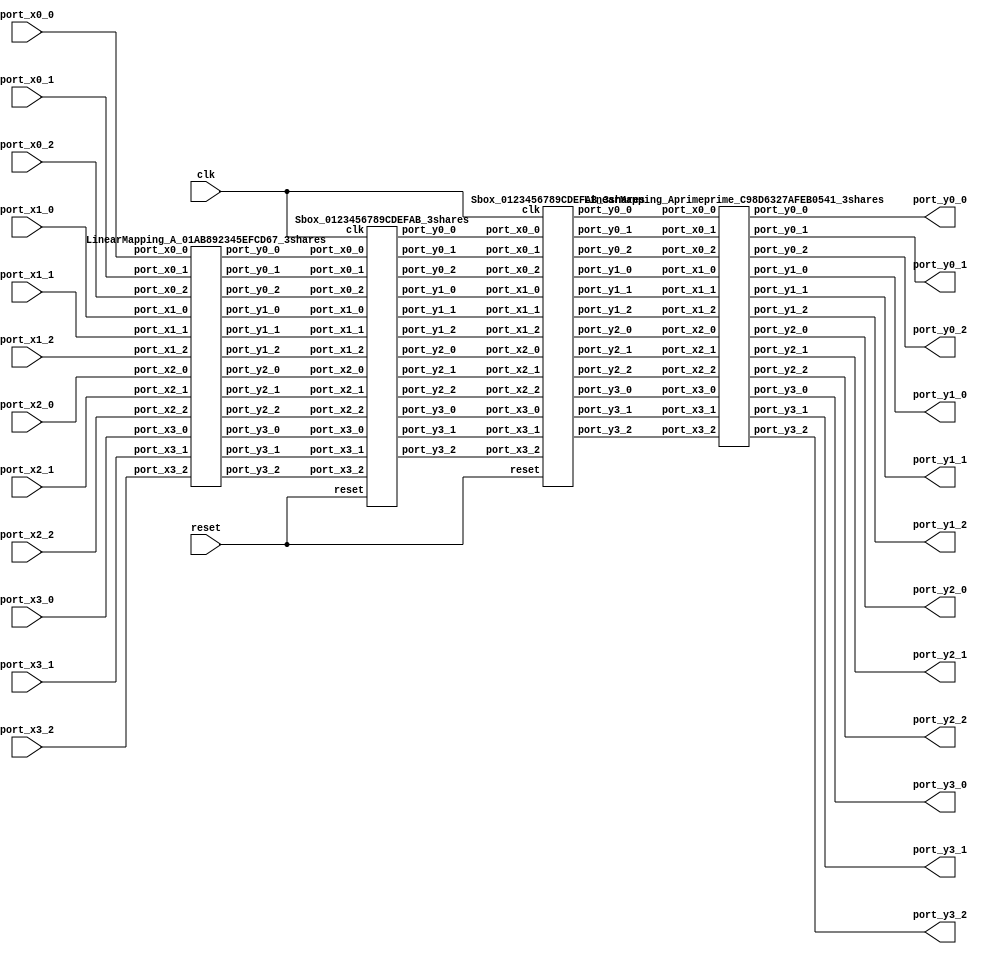
// Generator : SpinalHDL v1.7.3    git head : aeaeece704fe43c766e0d36a93f2ecbb8a9f2003
// Component : Sbox_Present_3shares
// Git hash  : db593c14fe8e83f0a4a5d43cf13325e631d65148

`timescale 1ns/1ps

module Sbox_Present_3shares (
  input               port_x0_0,
  input               port_x0_1,
  input               port_x0_2,
  input               port_x1_0,
  input               port_x1_1,
  input               port_x1_2,
  input               port_x2_0,
  input               port_x2_1,
  input               port_x2_2,
  input               port_x3_0,
  input               port_x3_1,
  input               port_x3_2,
  output              port_y0_0,
  output              port_y0_1,
  output              port_y0_2,
  output              port_y1_0,
  output              port_y1_1,
  output              port_y1_2,
  output              port_y2_0,
  output              port_y2_1,
  output              port_y2_2,
  output              port_y3_0,
  output              port_y3_1,
  output              port_y3_2,
  input               clk,
  input               reset
);

  wire                A_port_y0_0;
  wire                A_port_y0_1;
  wire                A_port_y0_2;
  wire                A_port_y1_0;
  wire                A_port_y1_1;
  wire                A_port_y1_2;
  wire                A_port_y2_0;
  wire                A_port_y2_1;
  wire                A_port_y2_2;
  wire                A_port_y3_0;
  wire                A_port_y3_1;
  wire                A_port_y3_2;
  wire                Q12_0_port_y0_0;
  wire                Q12_0_port_y0_1;
  wire                Q12_0_port_y0_2;
  wire                Q12_0_port_y1_0;
  wire                Q12_0_port_y1_1;
  wire                Q12_0_port_y1_2;
  wire                Q12_0_port_y2_0;
  wire                Q12_0_port_y2_1;
  wire                Q12_0_port_y2_2;
  wire                Q12_0_port_y3_0;
  wire                Q12_0_port_y3_1;
  wire                Q12_0_port_y3_2;
  wire                A_prime_port_y0_0;
  wire                A_prime_port_y0_1;
  wire                A_prime_port_y0_2;
  wire                A_prime_port_y1_0;
  wire                A_prime_port_y1_1;
  wire                A_prime_port_y1_2;
  wire                A_prime_port_y2_0;
  wire                A_prime_port_y2_1;
  wire                A_prime_port_y2_2;
  wire                A_prime_port_y3_0;
  wire                A_prime_port_y3_1;
  wire                A_prime_port_y3_2;
  wire                Q12_1_port_y0_0;
  wire                Q12_1_port_y0_1;
  wire                Q12_1_port_y0_2;
  wire                Q12_1_port_y1_0;
  wire                Q12_1_port_y1_1;
  wire                Q12_1_port_y1_2;
  wire                Q12_1_port_y2_0;
  wire                Q12_1_port_y2_1;
  wire                Q12_1_port_y2_2;
  wire                Q12_1_port_y3_0;
  wire                Q12_1_port_y3_1;
  wire                Q12_1_port_y3_2;
  wire                A_out_port_y0_0;
  wire                A_out_port_y0_1;
  wire                A_out_port_y0_2;
  wire                A_out_port_y1_0;
  wire                A_out_port_y1_1;
  wire                A_out_port_y1_2;
  wire                A_out_port_y2_0;
  wire                A_out_port_y2_1;
  wire                A_out_port_y2_2;
  wire                A_out_port_y3_0;
  wire                A_out_port_y3_1;
  wire                A_out_port_y3_2;

  LinearMapping_A_01AB892345EFCD67_3shares A (
    .port_x0_0 (port_x0_0  ), //i
    .port_x0_1 (port_x0_1  ), //i
    .port_x0_2 (port_x0_2  ), //i
    .port_x1_0 (port_x1_0  ), //i
    .port_x1_1 (port_x1_1  ), //i
    .port_x1_2 (port_x1_2  ), //i
    .port_x2_0 (port_x2_0  ), //i
    .port_x2_1 (port_x2_1  ), //i
    .port_x2_2 (port_x2_2  ), //i
    .port_x3_0 (port_x3_0  ), //i
    .port_x3_1 (port_x3_1  ), //i
    .port_x3_2 (port_x3_2  ), //i
    .port_y0_0 (A_port_y0_0), //o
    .port_y0_1 (A_port_y0_1), //o
    .port_y0_2 (A_port_y0_2), //o
    .port_y1_0 (A_port_y1_0), //o
    .port_y1_1 (A_port_y1_1), //o
    .port_y1_2 (A_port_y1_2), //o
    .port_y2_0 (A_port_y2_0), //o
    .port_y2_1 (A_port_y2_1), //o
    .port_y2_2 (A_port_y2_2), //o
    .port_y3_0 (A_port_y3_0), //o
    .port_y3_1 (A_port_y3_1), //o
    .port_y3_2 (A_port_y3_2)  //o
  );
  Sbox_0123456789CDEFAB_3shares Q12_0 (
    .port_x0_0 (A_port_y0_0    ), //i
    .port_x0_1 (A_port_y0_1    ), //i
    .port_x0_2 (A_port_y0_2    ), //i
    .port_x1_0 (A_port_y1_0    ), //i
    .port_x1_1 (A_port_y1_1    ), //i
    .port_x1_2 (A_port_y1_2    ), //i
    .port_x2_0 (A_port_y2_0    ), //i
    .port_x2_1 (A_port_y2_1    ), //i
    .port_x2_2 (A_port_y2_2    ), //i
    .port_x3_0 (A_port_y3_0    ), //i
    .port_x3_1 (A_port_y3_1    ), //i
    .port_x3_2 (A_port_y3_2    ), //i
    .port_y0_0 (Q12_0_port_y0_0), //o
    .port_y0_1 (Q12_0_port_y0_1), //o
    .port_y0_2 (Q12_0_port_y0_2), //o
    .port_y1_0 (Q12_0_port_y1_0), //o
    .port_y1_1 (Q12_0_port_y1_1), //o
    .port_y1_2 (Q12_0_port_y1_2), //o
    .port_y2_0 (Q12_0_port_y2_0), //o
    .port_y2_1 (Q12_0_port_y2_1), //o
    .port_y2_2 (Q12_0_port_y2_2), //o
    .port_y3_0 (Q12_0_port_y3_0), //o
    .port_y3_1 (Q12_0_port_y3_1), //o
    .port_y3_2 (Q12_0_port_y3_2), //o
    .clk       (clk            ), //i
    .reset     (reset          )  //i
  );
  LinearMapping_Aprime_0B835ED61A924FC7_3shares A_prime (
    .port_x0_0 (Q12_0_port_y0_0  ), //i
    .port_x0_1 (Q12_0_port_y0_1  ), //i
    .port_x0_2 (Q12_0_port_y0_2  ), //i
    .port_x1_0 (Q12_0_port_y1_0  ), //i
    .port_x1_1 (Q12_0_port_y1_1  ), //i
    .port_x1_2 (Q12_0_port_y1_2  ), //i
    .port_x2_0 (Q12_0_port_y2_0  ), //i
    .port_x2_1 (Q12_0_port_y2_1  ), //i
    .port_x2_2 (Q12_0_port_y2_2  ), //i
    .port_x3_0 (Q12_0_port_y3_0  ), //i
    .port_x3_1 (Q12_0_port_y3_1  ), //i
    .port_x3_2 (Q12_0_port_y3_2  ), //i
    .port_y0_0 (A_prime_port_y0_0), //o
    .port_y0_1 (A_prime_port_y0_1), //o
    .port_y0_2 (A_prime_port_y0_2), //o
    .port_y1_0 (A_prime_port_y1_0), //o
    .port_y1_1 (A_prime_port_y1_1), //o
    .port_y1_2 (A_prime_port_y1_2), //o
    .port_y2_0 (A_prime_port_y2_0), //o
    .port_y2_1 (A_prime_port_y2_1), //o
    .port_y2_2 (A_prime_port_y2_2), //o
    .port_y3_0 (A_prime_port_y3_0), //o
    .port_y3_1 (A_prime_port_y3_1), //o
    .port_y3_2 (A_prime_port_y3_2)  //o
  );
  Sbox_0123456789CDEFAB_3shares Q12_1 (
    .port_x0_0 (Q12_0_port_y0_0), //i
    .port_x0_1 (Q12_0_port_y0_1), //i
    .port_x0_2 (Q12_0_port_y0_2), //i
    .port_x1_0 (Q12_0_port_y1_0), //i
    .port_x1_1 (Q12_0_port_y1_1), //i
    .port_x1_2 (Q12_0_port_y1_2), //i
    .port_x2_0 (Q12_0_port_y2_0), //i
    .port_x2_1 (Q12_0_port_y2_1), //i
    .port_x2_2 (Q12_0_port_y2_2), //i
    .port_x3_0 (Q12_0_port_y3_0), //i
    .port_x3_1 (Q12_0_port_y3_1), //i
    .port_x3_2 (Q12_0_port_y3_2), //i
    .port_y0_0 (Q12_1_port_y0_0), //o
    .port_y0_1 (Q12_1_port_y0_1), //o
    .port_y0_2 (Q12_1_port_y0_2), //o
    .port_y1_0 (Q12_1_port_y1_0), //o
    .port_y1_1 (Q12_1_port_y1_1), //o
    .port_y1_2 (Q12_1_port_y1_2), //o
    .port_y2_0 (Q12_1_port_y2_0), //o
    .port_y2_1 (Q12_1_port_y2_1), //o
    .port_y2_2 (Q12_1_port_y2_2), //o
    .port_y3_0 (Q12_1_port_y3_0), //o
    .port_y3_1 (Q12_1_port_y3_1), //o
    .port_y3_2 (Q12_1_port_y3_2), //o
    .clk       (clk            ), //i
    .reset     (reset          )  //i
  );
  LinearMapping_Aprimeprime_C98D6327AFEB0541_3shares A_out (
    .port_x0_0 (Q12_1_port_y0_0), //i
    .port_x0_1 (Q12_1_port_y0_1), //i
    .port_x0_2 (Q12_1_port_y0_2), //i
    .port_x1_0 (Q12_1_port_y1_0), //i
    .port_x1_1 (Q12_1_port_y1_1), //i
    .port_x1_2 (Q12_1_port_y1_2), //i
    .port_x2_0 (Q12_1_port_y2_0), //i
    .port_x2_1 (Q12_1_port_y2_1), //i
    .port_x2_2 (Q12_1_port_y2_2), //i
    .port_x3_0 (Q12_1_port_y3_0), //i
    .port_x3_1 (Q12_1_port_y3_1), //i
    .port_x3_2 (Q12_1_port_y3_2), //i
    .port_y0_0 (A_out_port_y0_0), //o
    .port_y0_1 (A_out_port_y0_1), //o
    .port_y0_2 (A_out_port_y0_2), //o
    .port_y1_0 (A_out_port_y1_0), //o
    .port_y1_1 (A_out_port_y1_1), //o
    .port_y1_2 (A_out_port_y1_2), //o
    .port_y2_0 (A_out_port_y2_0), //o
    .port_y2_1 (A_out_port_y2_1), //o
    .port_y2_2 (A_out_port_y2_2), //o
    .port_y3_0 (A_out_port_y3_0), //o
    .port_y3_1 (A_out_port_y3_1), //o
    .port_y3_2 (A_out_port_y3_2)  //o
  );
  assign port_y0_0 = A_out_port_y0_0;
  assign port_y0_1 = A_out_port_y0_1;
  assign port_y0_2 = A_out_port_y0_2;
  assign port_y1_0 = A_out_port_y1_0;
  assign port_y1_1 = A_out_port_y1_1;
  assign port_y1_2 = A_out_port_y1_2;
  assign port_y2_0 = A_out_port_y2_0;
  assign port_y2_1 = A_out_port_y2_1;
  assign port_y2_2 = A_out_port_y2_2;
  assign port_y3_0 = A_out_port_y3_0;
  assign port_y3_1 = A_out_port_y3_1;
  assign port_y3_2 = A_out_port_y3_2;

endmodule

module LinearMapping_Aprimeprime_C98D6327AFEB0541_3shares (
  input               port_x0_0,
  input               port_x0_1,
  input               port_x0_2,
  input               port_x1_0,
  input               port_x1_1,
  input               port_x1_2,
  input               port_x2_0,
  input               port_x2_1,
  input               port_x2_2,
  input               port_x3_0,
  input               port_x3_1,
  input               port_x3_2,
  output              port_y0_0,
  output              port_y0_1,
  output              port_y0_2,
  output              port_y1_0,
  output              port_y1_1,
  output              port_y1_2,
  output              port_y2_0,
  output              port_y2_1,
  output              port_y2_2,
  output              port_y3_0,
  output              port_y3_1,
  output              port_y3_2
);

  wire                y0_0;
  wire                y0_1;
  wire                y0_2;
  wire                y1_0;
  wire                y1_1;
  wire                y1_2;
  wire                y2_0;
  wire                y2_1;
  wire                y2_2;
  wire                y3_0;
  wire                y3_1;
  wire                y3_2;

  assign y0_0 = port_x0_1;
  assign y0_1 = port_x0_2;
  assign y0_2 = port_x0_0;
  assign port_y0_0 = y0_0;
  assign port_y0_1 = y0_1;
  assign port_y0_2 = y0_2;
  assign y1_0 = (port_x2_1 ^ port_x3_1);
  assign y1_1 = (port_x2_2 ^ port_x3_2);
  assign y1_2 = (port_x2_0 ^ port_x3_0);
  assign port_y1_0 = y1_0;
  assign port_y1_1 = y1_1;
  assign port_y1_2 = y1_2;
  assign y2_0 = ((port_x0_1 ^ port_x1_1) ^ port_x3_1);
  assign y2_1 = ((port_x0_2 ^ port_x1_2) ^ port_x3_2);
  assign y2_2 = ((port_x0_0 ^ port_x1_0) ^ port_x3_0);
  assign port_y2_0 = y2_0;
  assign port_y2_1 = y2_1;
  assign port_y2_2 = y2_2;
  assign y3_0 = port_x2_1;
  assign y3_1 = port_x2_2;
  assign y3_2 = port_x2_0;
  assign port_y3_0 = y3_0;
  assign port_y3_1 = y3_1;
  assign port_y3_2 = y3_2;

endmodule

//Sbox_0123456789CDEFAB_3shares replaced by Sbox_0123456789CDEFAB_3shares

module LinearMapping_Aprime_0B835ED61A924FC7_3shares (
  input               port_x0_0,
  input               port_x0_1,
  input               port_x0_2,
  input               port_x1_0,
  input               port_x1_1,
  input               port_x1_2,
  input               port_x2_0,
  input               port_x2_1,
  input               port_x2_2,
  input               port_x3_0,
  input               port_x3_1,
  input               port_x3_2,
  output              port_y0_0,
  output              port_y0_1,
  output              port_y0_2,
  output              port_y1_0,
  output              port_y1_1,
  output              port_y1_2,
  output              port_y2_0,
  output              port_y2_1,
  output              port_y2_2,
  output              port_y3_0,
  output              port_y3_1,
  output              port_y3_2
);

  wire                y0_0;
  wire                y0_1;
  wire                y0_2;
  wire                y1_0;
  wire                y1_1;
  wire                y1_2;
  wire                y2_0;
  wire                y2_1;
  wire                y2_2;
  wire                y3_0;
  wire                y3_1;
  wire                y3_2;

  assign y0_0 = ((port_x0_1 ^ port_x2_1) ^ port_x3_1);
  assign y0_1 = ((port_x0_2 ^ port_x2_2) ^ port_x3_2);
  assign y0_2 = ((port_x0_0 ^ port_x2_0) ^ port_x3_0);
  assign port_y0_0 = y0_0;
  assign port_y0_1 = y0_1;
  assign port_y0_2 = y0_2;
  assign y1_0 = port_x0_1;
  assign y1_1 = port_x0_2;
  assign y1_2 = port_x0_0;
  assign port_y1_0 = y1_0;
  assign port_y1_1 = y1_1;
  assign port_y1_2 = y1_2;
  assign y2_0 = port_x2_1;
  assign y2_1 = port_x2_2;
  assign y2_2 = port_x2_0;
  assign port_y2_0 = y2_0;
  assign port_y2_1 = y2_1;
  assign port_y2_2 = y2_2;
  assign y3_0 = (port_x0_1 ^ port_x1_1);
  assign y3_1 = (port_x0_2 ^ port_x1_2);
  assign y3_2 = (port_x0_0 ^ port_x1_0);
  assign port_y3_0 = y3_0;
  assign port_y3_1 = y3_1;
  assign port_y3_2 = y3_2;

endmodule

module Sbox_0123456789CDEFAB_3shares (
  input               port_x0_0,
  input               port_x0_1,
  input               port_x0_2,
  input               port_x1_0,
  input               port_x1_1,
  input               port_x1_2,
  input               port_x2_0,
  input               port_x2_1,
  input               port_x2_2,
  input               port_x3_0,
  input               port_x3_1,
  input               port_x3_2,
  output              port_y0_0,
  output              port_y0_1,
  output              port_y0_2,
  output              port_y1_0,
  output              port_y1_1,
  output              port_y1_2,
  output              port_y2_0,
  output              port_y2_1,
  output              port_y2_2,
  output              port_y3_0,
  output              port_y3_1,
  output              port_y3_2,
  input               clk,
  input               reset
);

  reg                 y0_0;
  reg                 y0_1;
  reg                 y0_2;
  reg                 y1_0;
  reg                 y1_1;
  reg                 y1_2;
  reg                 y2_0;
  reg                 y2_1;
  reg                 y2_2;
  reg                 y3_0;
  reg                 y3_1;
  reg                 y3_2;

  assign port_y0_0 = y0_0;
  assign port_y0_1 = y0_1;
  assign port_y0_2 = y0_2;
  assign port_y1_0 = y1_0;
  assign port_y1_1 = y1_1;
  assign port_y1_2 = y1_2;
  assign port_y2_0 = y2_0;
  assign port_y2_1 = y2_1;
  assign port_y2_2 = y2_2;
  assign port_y3_0 = y3_0;
  assign port_y3_1 = y3_1;
  assign port_y3_2 = y3_2;
  always @(posedge clk) begin
    y0_0 <= port_x0_1;
    y0_1 <= port_x0_2;
    y0_2 <= port_x0_0;
    y1_0 <= ((((((port_x1_1 ^ (port_x1_1 && port_x3_1)) ^ (port_x1_1 && port_x3_2)) ^ (port_x1_2 && port_x3_1)) ^ (port_x2_1 && port_x3_1)) ^ (port_x2_1 && port_x3_2)) ^ (port_x2_2 && port_x3_1));
    y1_1 <= ((((((port_x1_2 ^ (port_x1_0 && port_x3_2)) ^ (port_x1_2 && port_x3_0)) ^ (port_x1_2 && port_x3_2)) ^ (port_x2_0 && port_x3_2)) ^ (port_x2_2 && port_x3_0)) ^ (port_x2_2 && port_x3_2));
    y1_2 <= ((((((port_x1_0 ^ (port_x1_0 && port_x3_0)) ^ (port_x1_0 && port_x3_1)) ^ (port_x1_1 && port_x3_0)) ^ (port_x2_0 && port_x3_0)) ^ (port_x2_0 && port_x3_1)) ^ (port_x2_1 && port_x3_0));
    y2_0 <= (((port_x2_1 ^ (port_x1_1 && port_x3_1)) ^ (port_x1_1 && port_x3_2)) ^ (port_x1_2 && port_x3_1));
    y2_1 <= (((port_x2_2 ^ (port_x1_0 && port_x3_2)) ^ (port_x1_2 && port_x3_0)) ^ (port_x1_2 && port_x3_2));
    y2_2 <= (((port_x2_0 ^ (port_x1_0 && port_x3_0)) ^ (port_x1_0 && port_x3_1)) ^ (port_x1_1 && port_x3_0));
    y3_0 <= port_x3_1;
    y3_1 <= port_x3_2;
    y3_2 <= port_x3_0;
  end


endmodule

module LinearMapping_A_01AB892345EFCD67_3shares (
  input               port_x0_0,
  input               port_x0_1,
  input               port_x0_2,
  input               port_x1_0,
  input               port_x1_1,
  input               port_x1_2,
  input               port_x2_0,
  input               port_x2_1,
  input               port_x2_2,
  input               port_x3_0,
  input               port_x3_1,
  input               port_x3_2,
  output              port_y0_0,
  output              port_y0_1,
  output              port_y0_2,
  output              port_y1_0,
  output              port_y1_1,
  output              port_y1_2,
  output              port_y2_0,
  output              port_y2_1,
  output              port_y2_2,
  output              port_y3_0,
  output              port_y3_1,
  output              port_y3_2
);

  wire                y0_0;
  wire                y0_1;
  wire                y0_2;
  wire                y1_0;
  wire                y1_1;
  wire                y1_2;
  wire                y2_0;
  wire                y2_1;
  wire                y2_2;
  wire                y3_0;
  wire                y3_1;
  wire                y3_2;

  assign y0_0 = port_x0_1;
  assign y0_1 = port_x0_2;
  assign y0_2 = port_x0_0;
  assign port_y0_0 = y0_0;
  assign port_y0_1 = y0_1;
  assign port_y0_2 = y0_2;
  assign y1_0 = port_x1_1;
  assign y1_1 = port_x1_2;
  assign y1_2 = port_x1_0;
  assign port_y1_0 = y1_0;
  assign port_y1_1 = y1_1;
  assign port_y1_2 = y1_2;
  assign y2_0 = port_x3_1;
  assign y2_1 = port_x3_2;
  assign y2_2 = port_x3_0;
  assign port_y2_0 = y2_0;
  assign port_y2_1 = y2_1;
  assign port_y2_2 = y2_2;
  assign y3_0 = (port_x1_1 ^ port_x2_1);
  assign y3_1 = (port_x1_2 ^ port_x2_2);
  assign y3_2 = (port_x1_0 ^ port_x2_0);
  assign port_y3_0 = y3_0;
  assign port_y3_1 = y3_1;
  assign port_y3_2 = y3_2;

endmodule